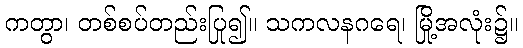
ကတွာ၊ တစ်စပ်တည်းပြု၍။ သကလနဂရေ၊ မြို့အလုံး၌။